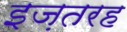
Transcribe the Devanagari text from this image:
इज़तरह